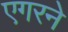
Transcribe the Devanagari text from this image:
एगरने